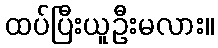
ထပ်ပြီးယူဦးမလား။